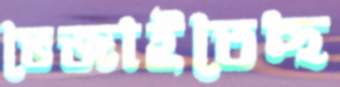
ভেজাইতেছ